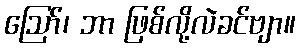
ဪ၊ ဘာ ဖြစ်လို့လဲခင်ဗျာ။